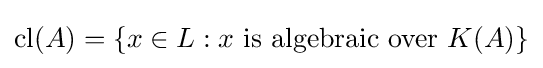
{\text{cl}}(A)=\{x\in L:x{\text{ is algebraic over }}K(A)\}